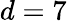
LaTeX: d=7